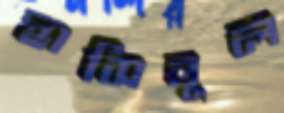
হাসিবুল